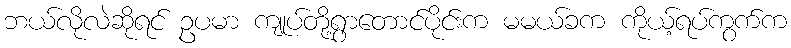
ဘယ်လိုလဲဆိုရင် ဥပမာ ကျုပ်တို့ရွာတောင်ပိုင်းက မမယ်ခက ကိုယ့်ရပ်ကွက်က